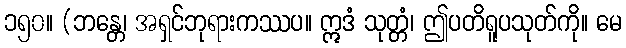
၁၅၀။ (ဘန္တေ၊ အရှင်ဘုရားကဿပ။ ဣဒံ သုတ္တံ၊ ဤပတိရူပသုတ်ကို။ မေ